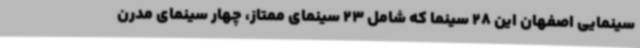
سینمایی اصفهان این 28 سینما که شامل 23 سینمای ممتاز، چهار سینمای مدرن